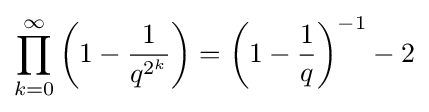
\prod _{k=0}^{\infty }\left(1-{\frac {1}{q^{2^{k}}}}\right)=\left(1-{\frac {1}{q}}\right)^{-1}-2